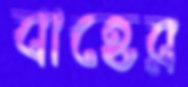
বাহের